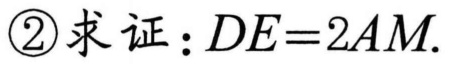
\textcircled{2}求证：\(DE = 2AM\).